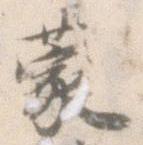
蒙